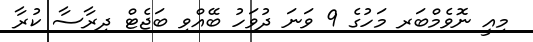
މިއީ ނޮވެމްބަރ މަހުގެ 9 ވަނަ ދުވަހު ބޭއްވި ބަޖެޓް ދިރާސާ ކުރާ